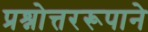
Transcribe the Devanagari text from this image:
प्रश्नोत्तररूपाने